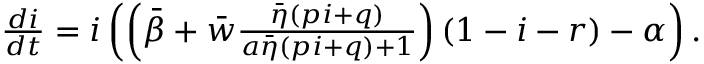
\begin{array} { r } { \frac { d i } { d t } = i \left( \left( \bar { \beta } + { \bar { w } } \frac { \bar { \eta } ( p i + q ) } { a \bar { \eta } ( p i + q ) + 1 } \right) ( 1 - i - r ) - \alpha \right) . } \end{array}